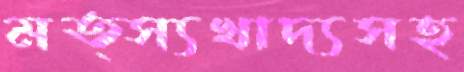
মত্স্যখাদ্যসহ